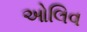
ઓલિવ